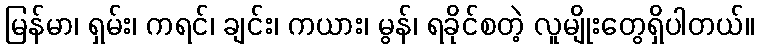
မြန်မာ၊ ရှမ်း၊ ကရင်၊ ချင်း၊ ကယား၊ မွန်၊ ရခိုင်စတဲ့ လူမျိုးတွေရှိပါတယ်။